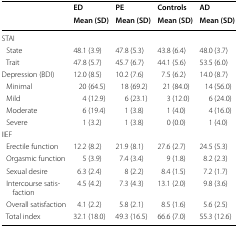
<table><thead><tr><td rowspan="2"></td><td><b>ED</b></td><td><b>PE</b></td><td><b>Controls</b></td><td><b>AD</b></td></tr><tr><td><b>Mean (SD)</b></td><td><b>Mean (SD)</b></td><td><b>Mean (SD)</b></td><td><b>Mean (SD)</b></td></tr></thead><tbody><tr><td colspan="5">STAI</td></tr><tr><td> State</td><td>48.1 (3.9)</td><td>47.8 (5.3)</td><td>43.8 (6.4)</td><td>48.0 (3.7)</td></tr><tr><td> Trait</td><td>47.8 (5.7)</td><td>45.7 (6.7)</td><td>44.1 (5.6)</td><td>53.5 (6.0)</td></tr><tr><td>Depression (BDI)</td><td>12.0 (8.5)</td><td>10.2 (7.6)</td><td>7.5 (6.2)</td><td>14.0 (8.7)</td></tr><tr><td> Minimal</td><td>20 (64.5)</td><td>18 (69.2)</td><td>21 (84.0)</td><td>14 (56.0)</td></tr><tr><td> Mild</td><td>4 (12.9)</td><td>6 (23.1)</td><td>3 (12.0)</td><td>6 (24.0)</td></tr><tr><td> Moderate</td><td>6 (19.4)</td><td>1 (3.8)</td><td>1 (4.0)</td><td>4 (16.0)</td></tr><tr><td> Severe</td><td>1 (3.2)</td><td>1 (3.8)</td><td>0 (0.0)</td><td>1 (4.0)</td></tr><tr><td colspan="5">IIEF</td></tr><tr><td> Erectile function</td><td>12.2 (8.2)</td><td>21.9 (8.1)</td><td>27.6 (2.7)</td><td>24.5 (5.3)</td></tr><tr><td> Orgasmic function</td><td>5 (3.9)</td><td>7.4 (3.4)</td><td>9 (1.8)</td><td>8.2 (2.3)</td></tr><tr><td> Sexual desire</td><td>6.3 (2.4)</td><td>8 (2.2)</td><td>8.4 (1.5)</td><td>7.2 (1.7)</td></tr><tr><td> Intercourse satisfaction</td><td>4.5 (4.2)</td><td>7.3 (4.3)</td><td>13.1 (2.0)</td><td>9.8 (3.6)</td></tr><tr><td> Overall satisfaction</td><td>4.1 (2.2)</td><td>5.8 (2.1)</td><td>8.5 (1.6)</td><td>5.6 (2.5)</td></tr><tr><td> Total index</td><td>32.1 (18.0)</td><td>49.3 (16.5)</td><td>66.6 (7.0)</td><td>55.3 (12.6)</td></tr></tbody></table>